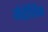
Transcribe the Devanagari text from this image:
मेटेलिक